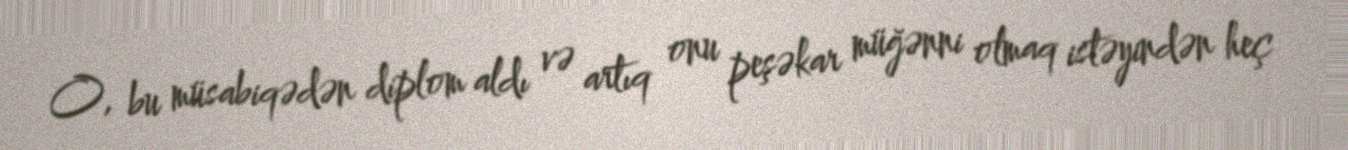
O, bu müsabiqədən diplom aldı və artıq onu peşəkar müğənni olmaq istəyindən heç